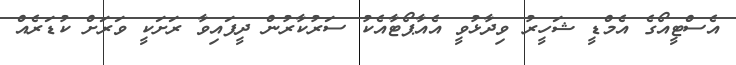
އެސްޓީއޯގެ އެމްޑީ ޝަހީރު ވިދާޅުވީ އެއާޕޯޓާއެކު ސަރުކާރުން ދީފައިވާ ރަށަކީ ވަރަށް ކުޑަރެއް